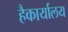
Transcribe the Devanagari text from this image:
हैकार्यालय